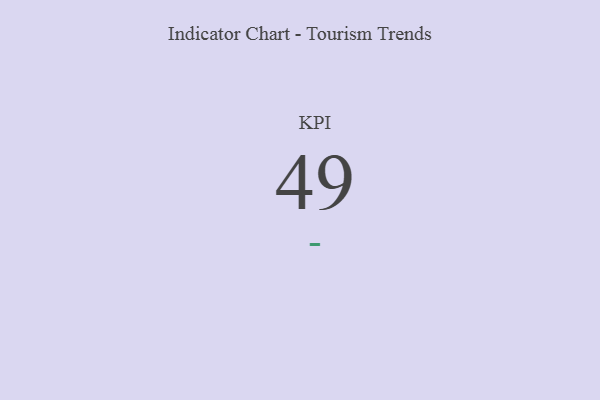
{"axis": {"x": "KPI", "y": "Value"}, "legend": [""], "data": [{"x": "KPI", "y": 49, "type": ""}]}